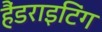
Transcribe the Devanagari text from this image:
हैंडराइटिंग